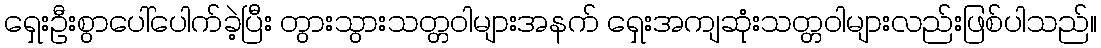
ရှေးဦးစွာပေါ်ပေါက်ခဲ့ပြီး တွားသွားသတ္တဝါများအနက် ရှေးအကျဆုံးသတ္တဝါများလည်းဖြစ်ပါသည်။